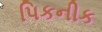
પિકનીક